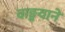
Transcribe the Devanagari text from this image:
वाङ्मयाने